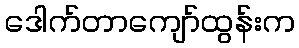
ဒေါက်တာကျော်ထွန်းက